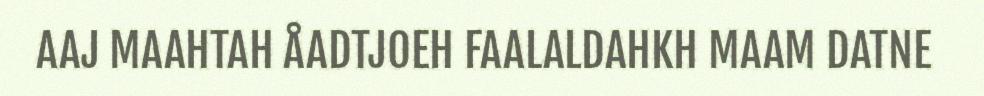
AAJ MAAHTAH ÅADTJOEH FAALALDAHKH MAAM DATNE